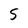
Character: 5